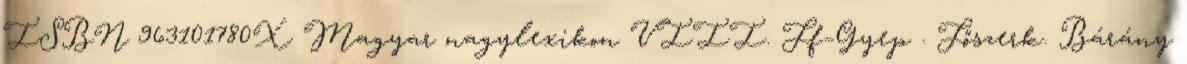
ISBN 963101780X Magyar nagylexikon VIII. Ff–Gyep . Főszerk. Bárány